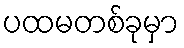
ပထမတစ်ခုမှာ